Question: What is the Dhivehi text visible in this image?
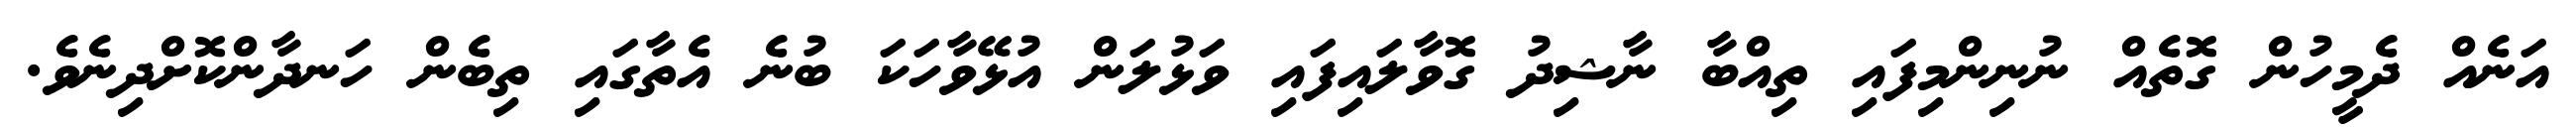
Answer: އަނެއް ދެމީހުން ގޮތެއް ނުނިންމިފައި ތިއްބާ ނާޝިދު ގޮވާލައިފައި ވަޅުލަން އުޅޭވާހަކަ ބުނެ އެތާގައި ތިބެން ހަނދާންކޮށްދިނެވެ.